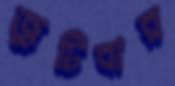
জুটিবার